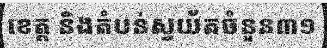
ខេត្ត និងតំបន់ស្វយ័តចំនួន៣១